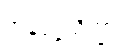
အနုပုဗ္ဗသိက္ခာ